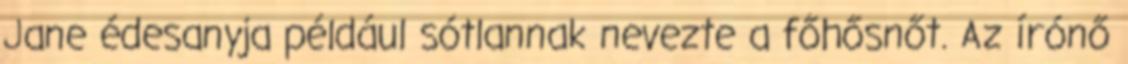
Jane édesanyja például sótlannak nevezte a főhősnőt. Az írónő